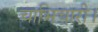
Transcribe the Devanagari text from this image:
चाभिचारी।